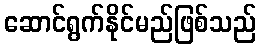
ဆောင်ရွက်နိုင်မည်ဖြစ်သည်